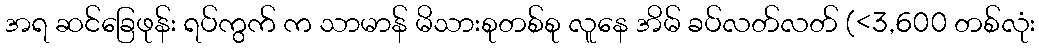
အရ ဆင်ခြေဖုန်း ရပ်ကွက် က သာမာန် မိသားစုတစ်စု လူနေ အိမ် ခပ်လတ်လတ် (<3,600 တစ်လုံး